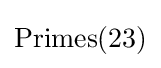
{\text{Primes}}(23)